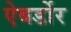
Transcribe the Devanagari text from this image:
ऐबर्डोर